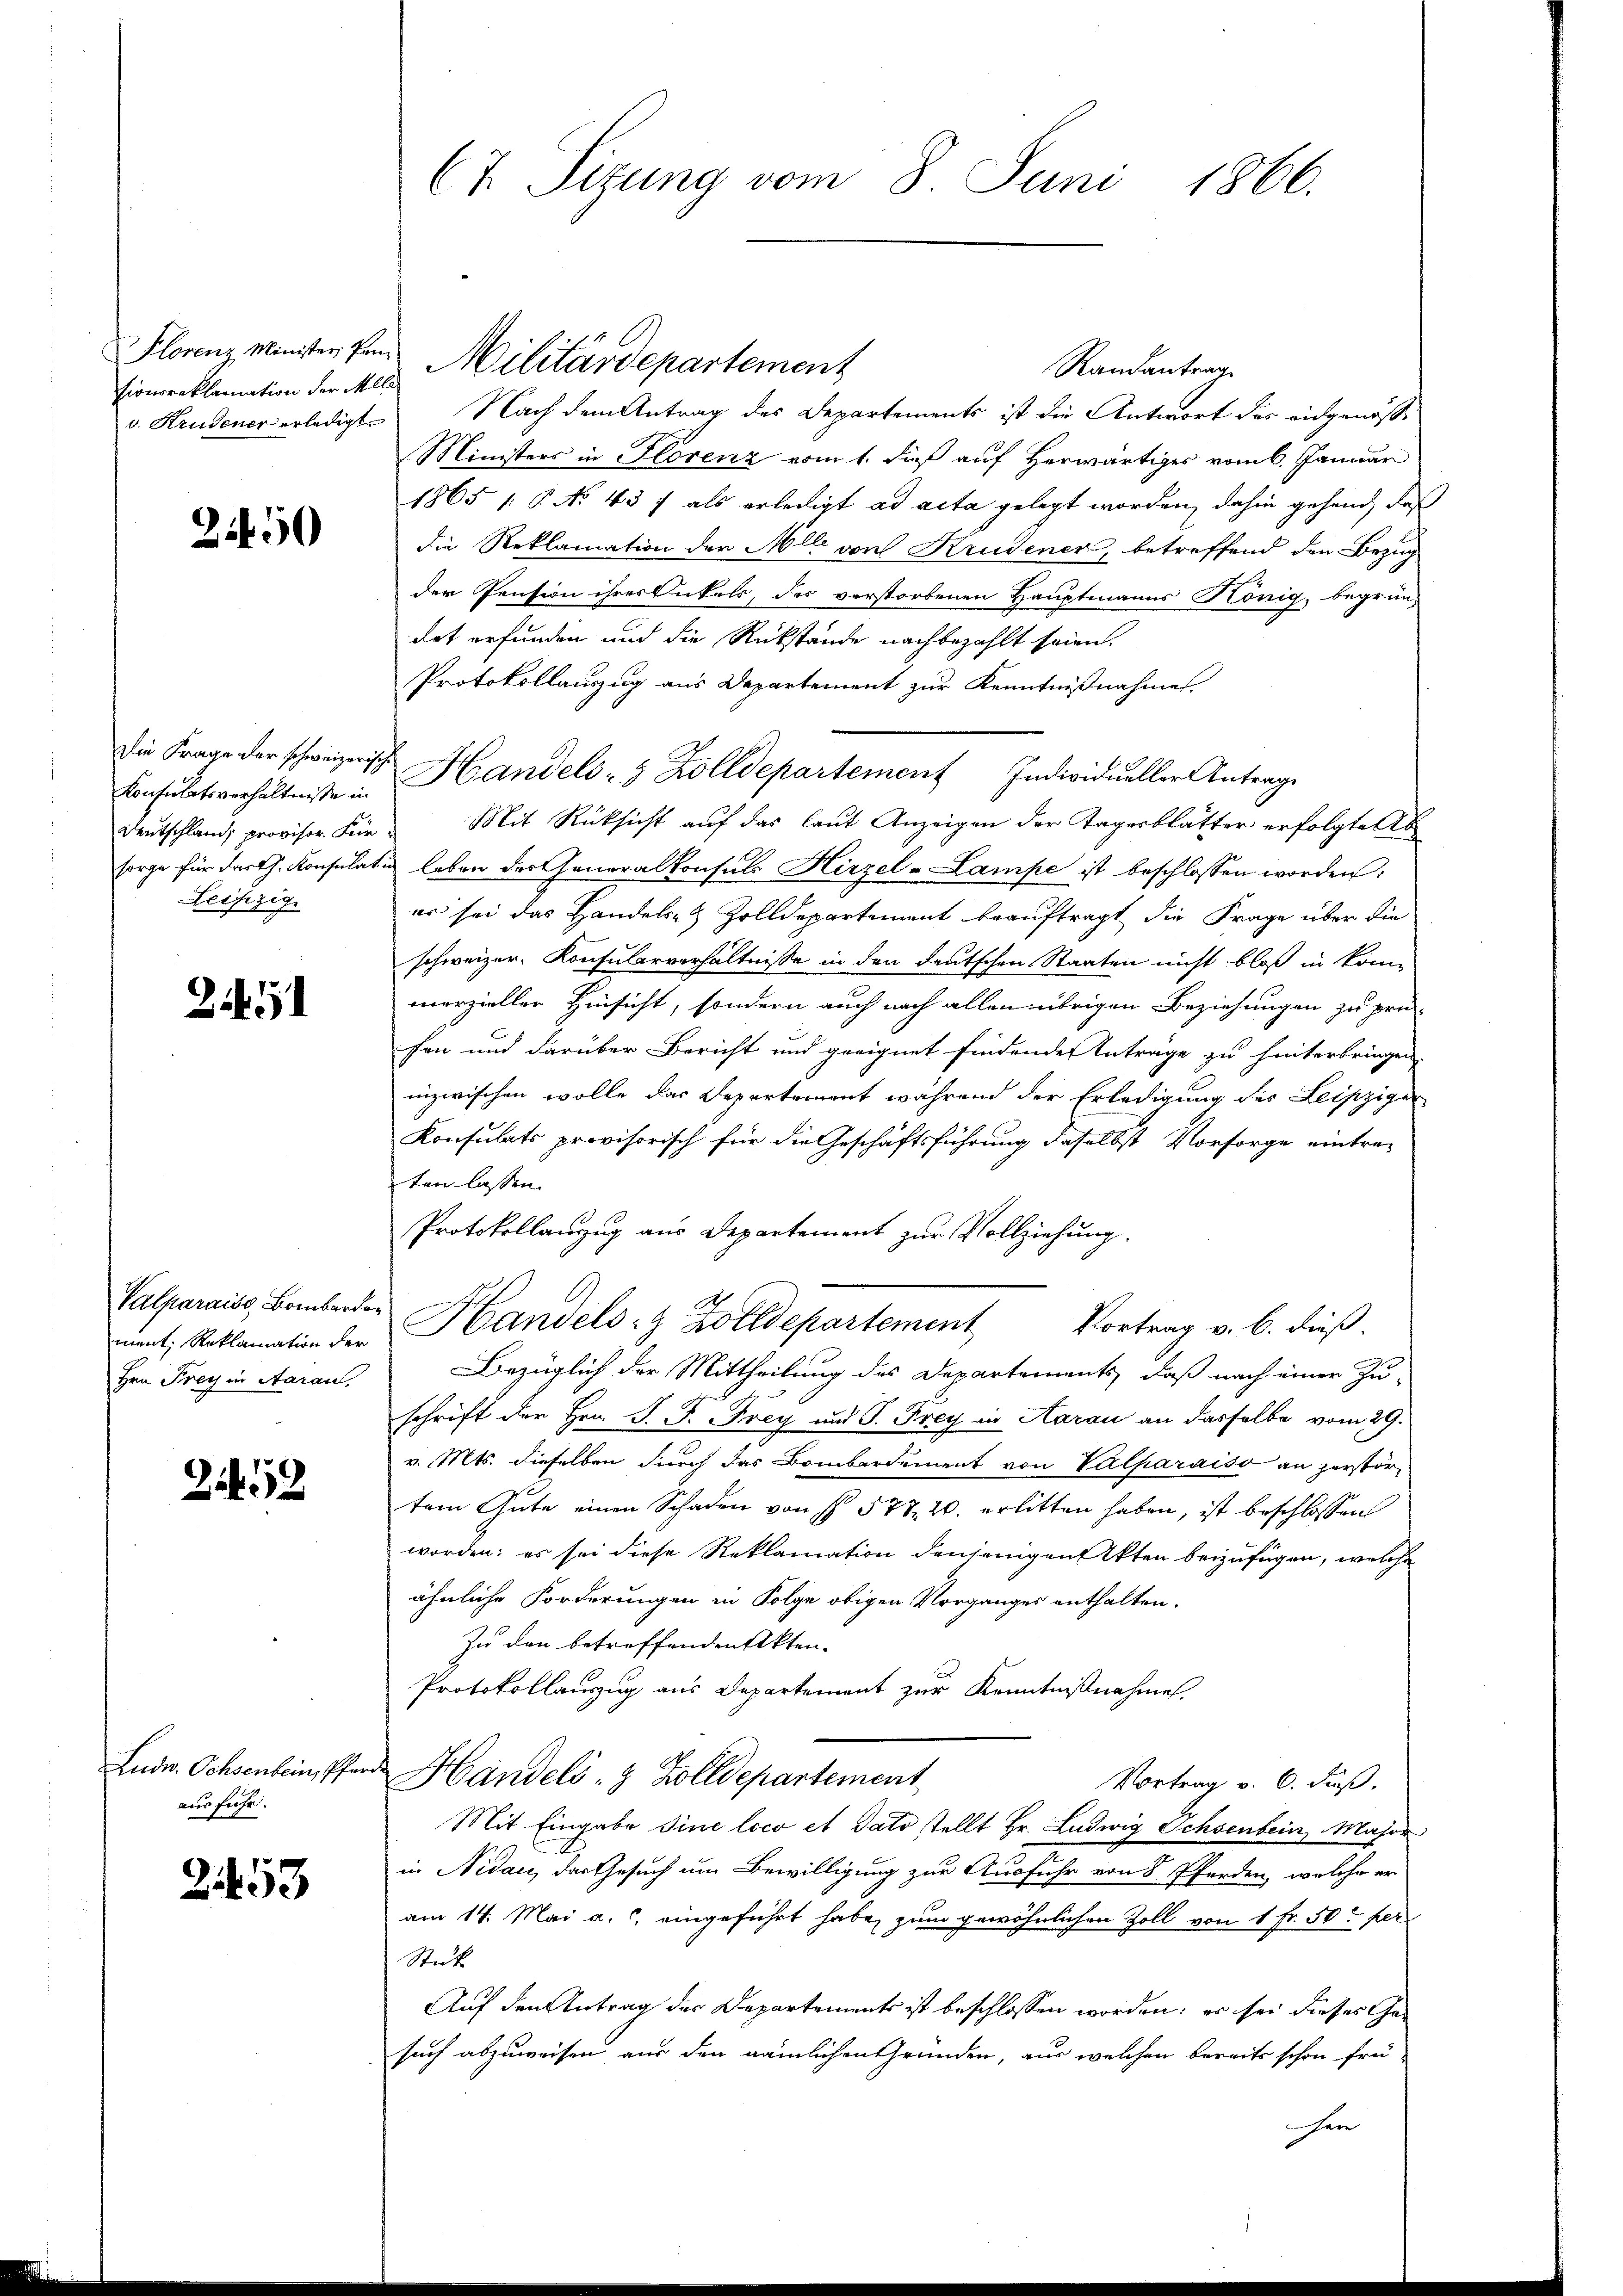
Florenz Minister, Pen-
sionsreklamation der Mlla¬

2250

Konsulatsverhältnisse in
Leipzig.

2451

ment, Reklamation der
Hrn. Frey in Aarau,

252

Ludw. Ochsenbein, Pfer
ausfuhr.

253

Randantrage
v. Krudener erledigt. Nach dem Antrag des Departements ist die Antwort des eidgenössi
Ministers in Florenz vom 1. daß auf Herwärtiges vom 6. Januar
1865 /: P. No 43 f als erledigt ad acta gelegt worden, dahin gehend, daß
die Reklamation der Mlle von Krudener, betreffend den Bezug
der Pension ihrer Onkels, des verstorbenen Hauptmanns König, begrün-
det erfunden und die Rückstände nachbezahlt seien.
Protokollanzug aus Departement zur Kenntnißnahmes.
deŭtschland provisor. Für Mit Rücksicht aŭf das laŭt Anzeigen der Tagesblatter erfolgte s
sorge für darth. Konsulativ leben der Generalkonsuls Hirzel-Lampe ist beschlossen worden:
es sei das Handels- & Zolldepartement beauftragt die Frage über die
schweizer- Konsularverhältnisse in den deutschen Staaten nicht bloß in konn
merzieller Hinsicht, sondern auch nach allen übrigen Beziehungen zu prü-
fen und darüber Bericht und geeignet findende Anträge zu hinterbringen.
inzwischen wolle das Departement während der Erledigung des Leipziger
Konsulats provisorisch für die Geschäftsführung daselbst Vorsorge eintre-
ten lassen.
Protokollanzug aus Departement zur Vollziehung
Valparais, Bamber der Handels- & Zolldepartement Vortrag v. 6. dieß.
Bezüglich der Mittheilung des Departements, daß nach einer Zu-
schrift der Hrn. F. P. Frey und P. Frey in Harau an dasselbe vom 29.
v. Mts. dieselben durch das Bombardement von Valparaiso an zerstörtem Gute einen Schaden von § 578. 20. erlitten haben, ist beschlossen
worden; es sei diese Reklamation denjenigen Akten beizufügen, welche
ähnliche Forderungen in Folge obigen Vorganges enthalten.
Zu den betreffenden Akten-
Protokollauszug aus Departement zur Kenntnißnahmen.
t
Handels- & Zolldepartement
Vortrag v. 6. Fuß.
Mit Eingabe sine loco et dato stellt Hr. Ludwig Ochsenbein, Major
in Nidau, das Gesuch um Bewilligung zur Ausfuhr von 8 Pferden, welche er
am 14. Mai a. eingeführt habe, zum gewöhnlichen Zoll von 1 Fr. 50 per
Stück
Auf den Antrag des Departements ist beschlossen worden; es sei dieses Gesuch abzuweisen aus den nämlichen Gründen, aus welchen bereits schon frü-
er

Ct. Sizung vom 8. Juni 1866.

Militärdepartement

Die Frage der schweizerisch Handels- & Zolldepartement Individueller Antrage